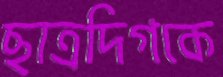
ছাত্রদিগকে